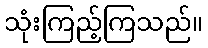
သုံးကြည့်ကြသည်။